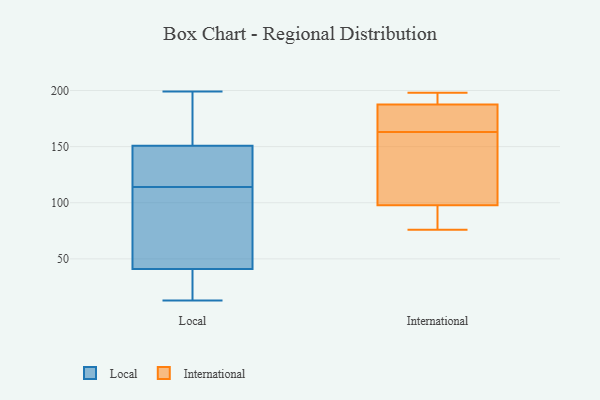
{"axis": {"x": "Shipments", "y": "Value"}, "legend": ["International", "Local"], "data": [{"x": "", "y": 155, "type": "Local"}, {"x": "", "y": 111, "type": "Local"}, {"x": "", "y": 144, "type": "Local"}, {"x": "", "y": 83, "type": "Local"}, {"x": "", "y": 26, "type": "Local"}, {"x": "", "y": 13, "type": "Local"}, {"x": "", "y": 19, "type": "Local"}, {"x": "", "y": 37, "type": "Local"}, {"x": "", "y": 138, "type": "Local"}, {"x": "", "y": 138, "type": "Local"}, {"x": "", "y": 77, "type": "Local"}, {"x": "", "y": 154, "type": "Local"}, {"x": "", "y": 53, "type": "Local"}, {"x": "", "y": 114, "type": "Local"}, {"x": "", "y": 114, "type": "Local"}, {"x": "", "y": 28, "type": "Local"}, {"x": "", "y": 199, "type": "Local"}, {"x": "", "y": 153, "type": "Local"}, {"x": "", "y": 156, "type": "Local"}, {"x": "", "y": 134, "type": "International"}, {"x": "", "y": 163, "type": "International"}, {"x": "", "y": 198, "type": "International"}, {"x": "", "y": 192, "type": "International"}, {"x": "", "y": 89, "type": "International"}, {"x": "", "y": 186, "type": "International"}, {"x": "", "y": 112, "type": "International"}, {"x": "", "y": 93, "type": "International"}, {"x": "", "y": 76, "type": "International"}, {"x": "", "y": 188, "type": "International"}, {"x": "", "y": 163, "type": "International"}]}